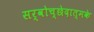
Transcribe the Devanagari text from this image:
सर्वोच्छेदात्मके